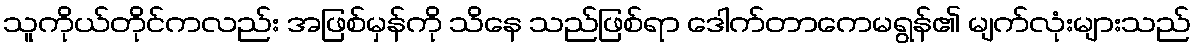
သူကိုယ်တိုင်ကလည်း အဖြစ်မှန်ကို သိနေ သည်ဖြစ်ရာ ဒေါက်တာကေမရွန်၏ မျက်လုံးများသည်